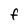
Character: f